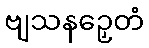
ဗျသနဉှေတံ